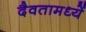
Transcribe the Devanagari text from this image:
दैवतामध्यें